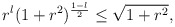
\begin{align*}r^l (1+r^2)^{{1-l\over 2}} \leq \sqrt{1+r^2},\end{align*}